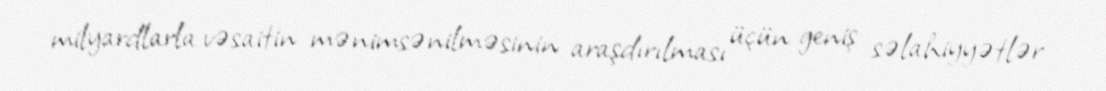
milyardlarla vəsaitin mənimsənilməsinin araşdırılması üçün geniş səlahiyyətlər